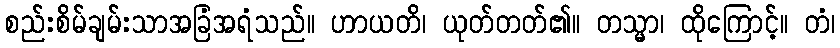
စည်းစိမ်ချမ်းသာအခြံအရံသည်။ ဟာယတိ၊ ယုတ်တတ်၏။ တသ္မာ၊ ထိုကြောင့်။ တံ၊